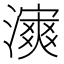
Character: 𤀿